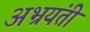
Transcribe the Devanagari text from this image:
अभ्रयंती